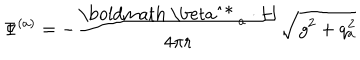
LaTeX: \Phi ^ { ( a ) } = - \frac { { { \mathrm { \boldmath ~ \ b e t a ^ { * } ~ } } _ { a } } \cdot { \bf H } } { 4 \pi r } \sqrt { g ^ { 2 } + q _ { a } ^ { 2 } }